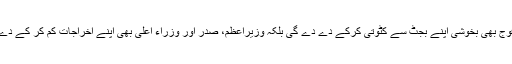
اتنی رقم تو فوج بھی بخوشی اپنے بجٹ سے کٹوتی کرکے دے دے گی بلکہ وزیراعظم، صدر اور وزراء اعلٰی بھی اپنے اخراجات کم کر کے دے سکتے ہیں۔